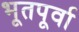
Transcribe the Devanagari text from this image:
भूतपूर्वा